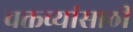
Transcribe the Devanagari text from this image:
वक्तव्यांसाठी